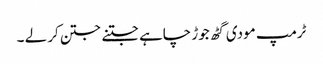
ٹرمپ مودی گٹھ جوڑ چاہے جتنے جتن کر لے ۔